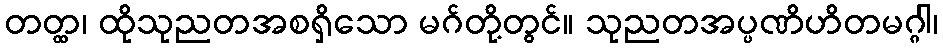
တတ္ထ၊ ထိုသုညတအစရှိသော မဂ်တို့တွင်။ သုညတအပ္ပဏိဟိတမဂ္ဂါ၊